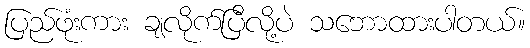
ပြည်ဖုံးကား ချလိုက်ပြီလို့ပဲ သဘောထားပါတယ်။